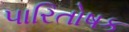
પારિતોષક